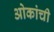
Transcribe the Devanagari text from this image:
ओकांची